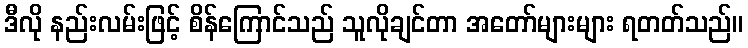
ဒီလို နည်းလမ်းဖြင့် စိန်ကြောင်သည် သူလိုချင်တာ အတော်များများ ရတတ်သည်။